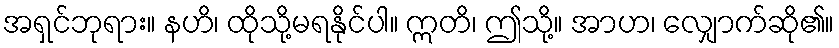
အရှင်ဘုရား။ နဟိ၊ ထိုသို့မရနိုင်ပါ။ ဣတိ၊ ဤသို့။ အာဟ၊ လျှောက်ဆို၏။